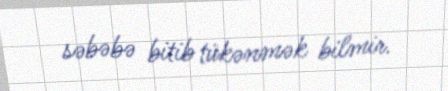
səbəbə bitib tükənmək bilmir.